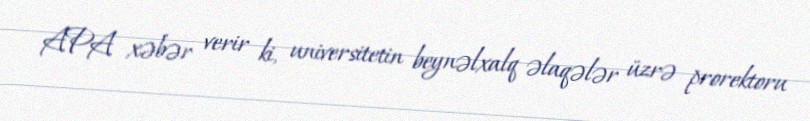
APA xəbər verir ki, universitetin beynəlxalq əlaqələr üzrə prorektoru